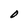
Character: O